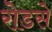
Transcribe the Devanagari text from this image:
रोडसे